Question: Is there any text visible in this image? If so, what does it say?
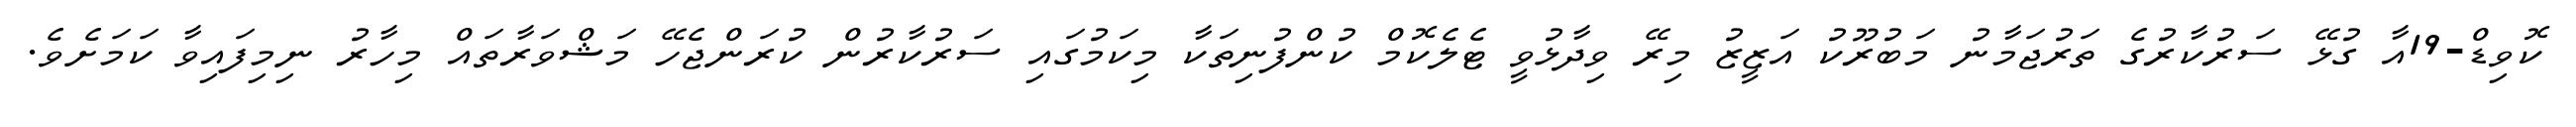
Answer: ކޮވިޑް-19އާ ގުޅޭ ސަރުކާރުގެ ތަރުޖަމާނު މަބުރޫކު އަޒީޒު މިރޭ ވިދާޅުވީ ޓެލެކޮމް ކުންފުނިތަކާ މިކަމުގައި ސަރުކާރުން ކުރަންޖެހޭ މަޝްވަރާތައް މިހާރު ނިމިފައިވާ ކަމަށެވެ.